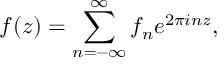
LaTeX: f ( z ) = \sum _ { n = - \infty } ^ { \infty } f _ { n } e ^ { 2 \pi i n z } ,